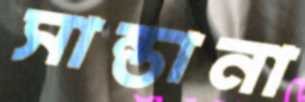
সান্তানা